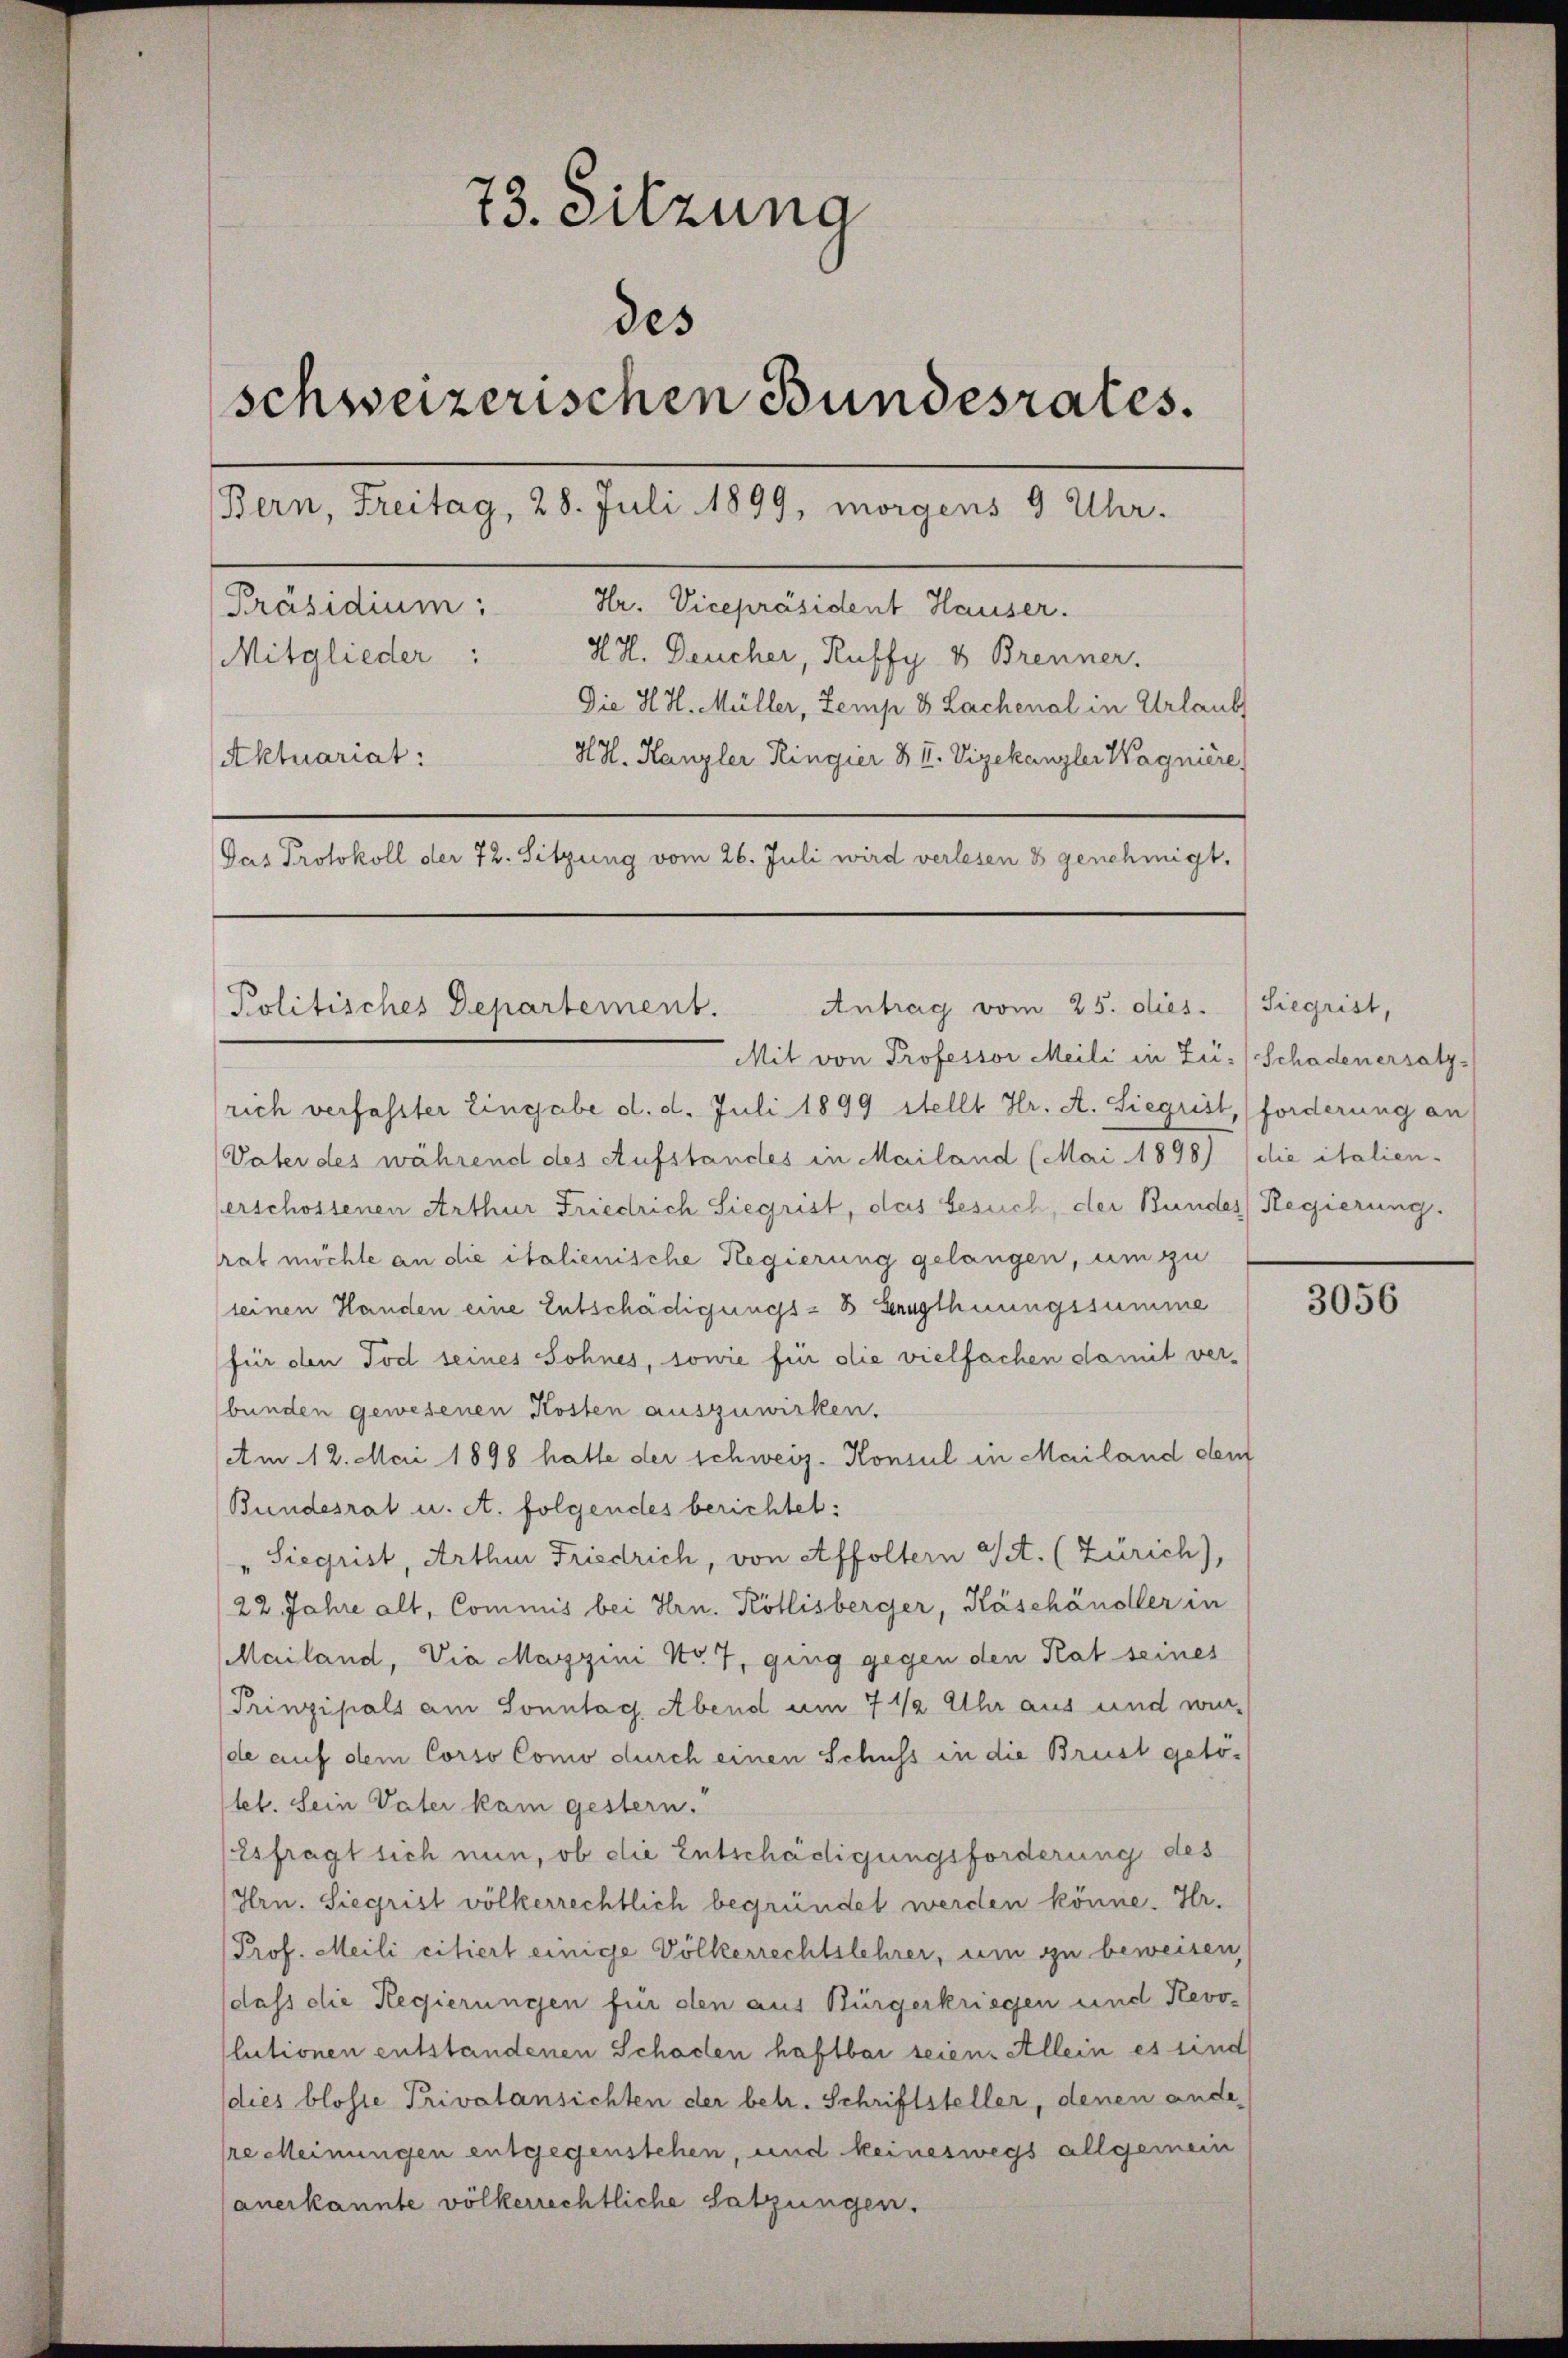
73. Sitzung
des
schweizerischen Bundesrates.
Bern, Freitag, 28. Juli 1899, morgens 9 Uhr.
Präsidium: Hr. Vicepräsident Hauser.
Mitglieder: H. H. Deucher, Ruffy & Brenner.
Die H. H. Müller, Zemp 8 Lachenal in Urlaub
HH. Kanzler Ringier & II. Vizekanzler Wagnière,
Aktuariat:
Gas Protokoll der 72. Sitzung vom 26. Juli wird verlesen 8 genehmigt.

Politisches Departement.

Mit von Professor Meili in Zü-/ Schadenersatz-
rich verfasster Eingabe d. d. Juli 1899 stellt Hr. A. Siegrist, forderung an
(Vater des während des Aufstandes in Mailand (Mai 1898) (die italien-
erschossenen Arthur Friedrich Siegrist, das Gesuch, der Bundes Regierung.
rab möchte an die italienische Regierung gelangen, um zu
(seinen Handen eine Entschädigungs- B. Genugthuungssumme
für oben Tod seines Sohnes, sowie für die vielfachen damit ver-
bunden gewesenen Kosten auszuwirken.
Am 12. Mai 1898 hatte der schweiz. Konsul in Mailand dem
Bundesrat u. A. folgendes berichtet:
"Siegrist, Arthur Friedrich, von Affoltern V. (Zürich),
22 Jahre alt, Commis bei Hrn. Köllisberger, Käschändler in
Mailand, Via Maggini No 7, ging gegen den Rat seines
Prinzipals am Sonntag Abend um 7 1/2 Uhr aus und wur-
de auf dem Corso Como durch einen Schuss in die Brust getö-
tet. Sein Vater kam gestern.
Esfragt sich nun, ob die Entschädigungsforderung des
Hrn. Siegrist völkerrechtlich begründet werden könne. Hr.
Prof. Meili citiert einige Völkerrechtslehrer, um zu beweisen,
dass die Regierungen für den aus Bürgerkriegen und Revo-
lutionen entstandenen Schaden haftbar seien. Allein es sind
dies blosse Privatansichten der betr. Schriftsteller, denen ande
re Meinungen entgegenstehen, und keineswegs allgemein
anerkannte völkerrechtliche Satzungen.

Antrag vom 25. dies. Siegrist,

3056